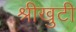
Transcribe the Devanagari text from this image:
श्रीखुटी